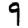
Digit: 9